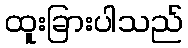
ထူးခြားပါသည်